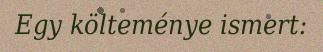
Egy költeménye ismert: